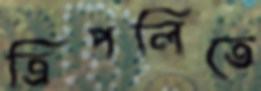
ত্রিপলিতে